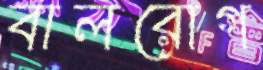
বালরোগ